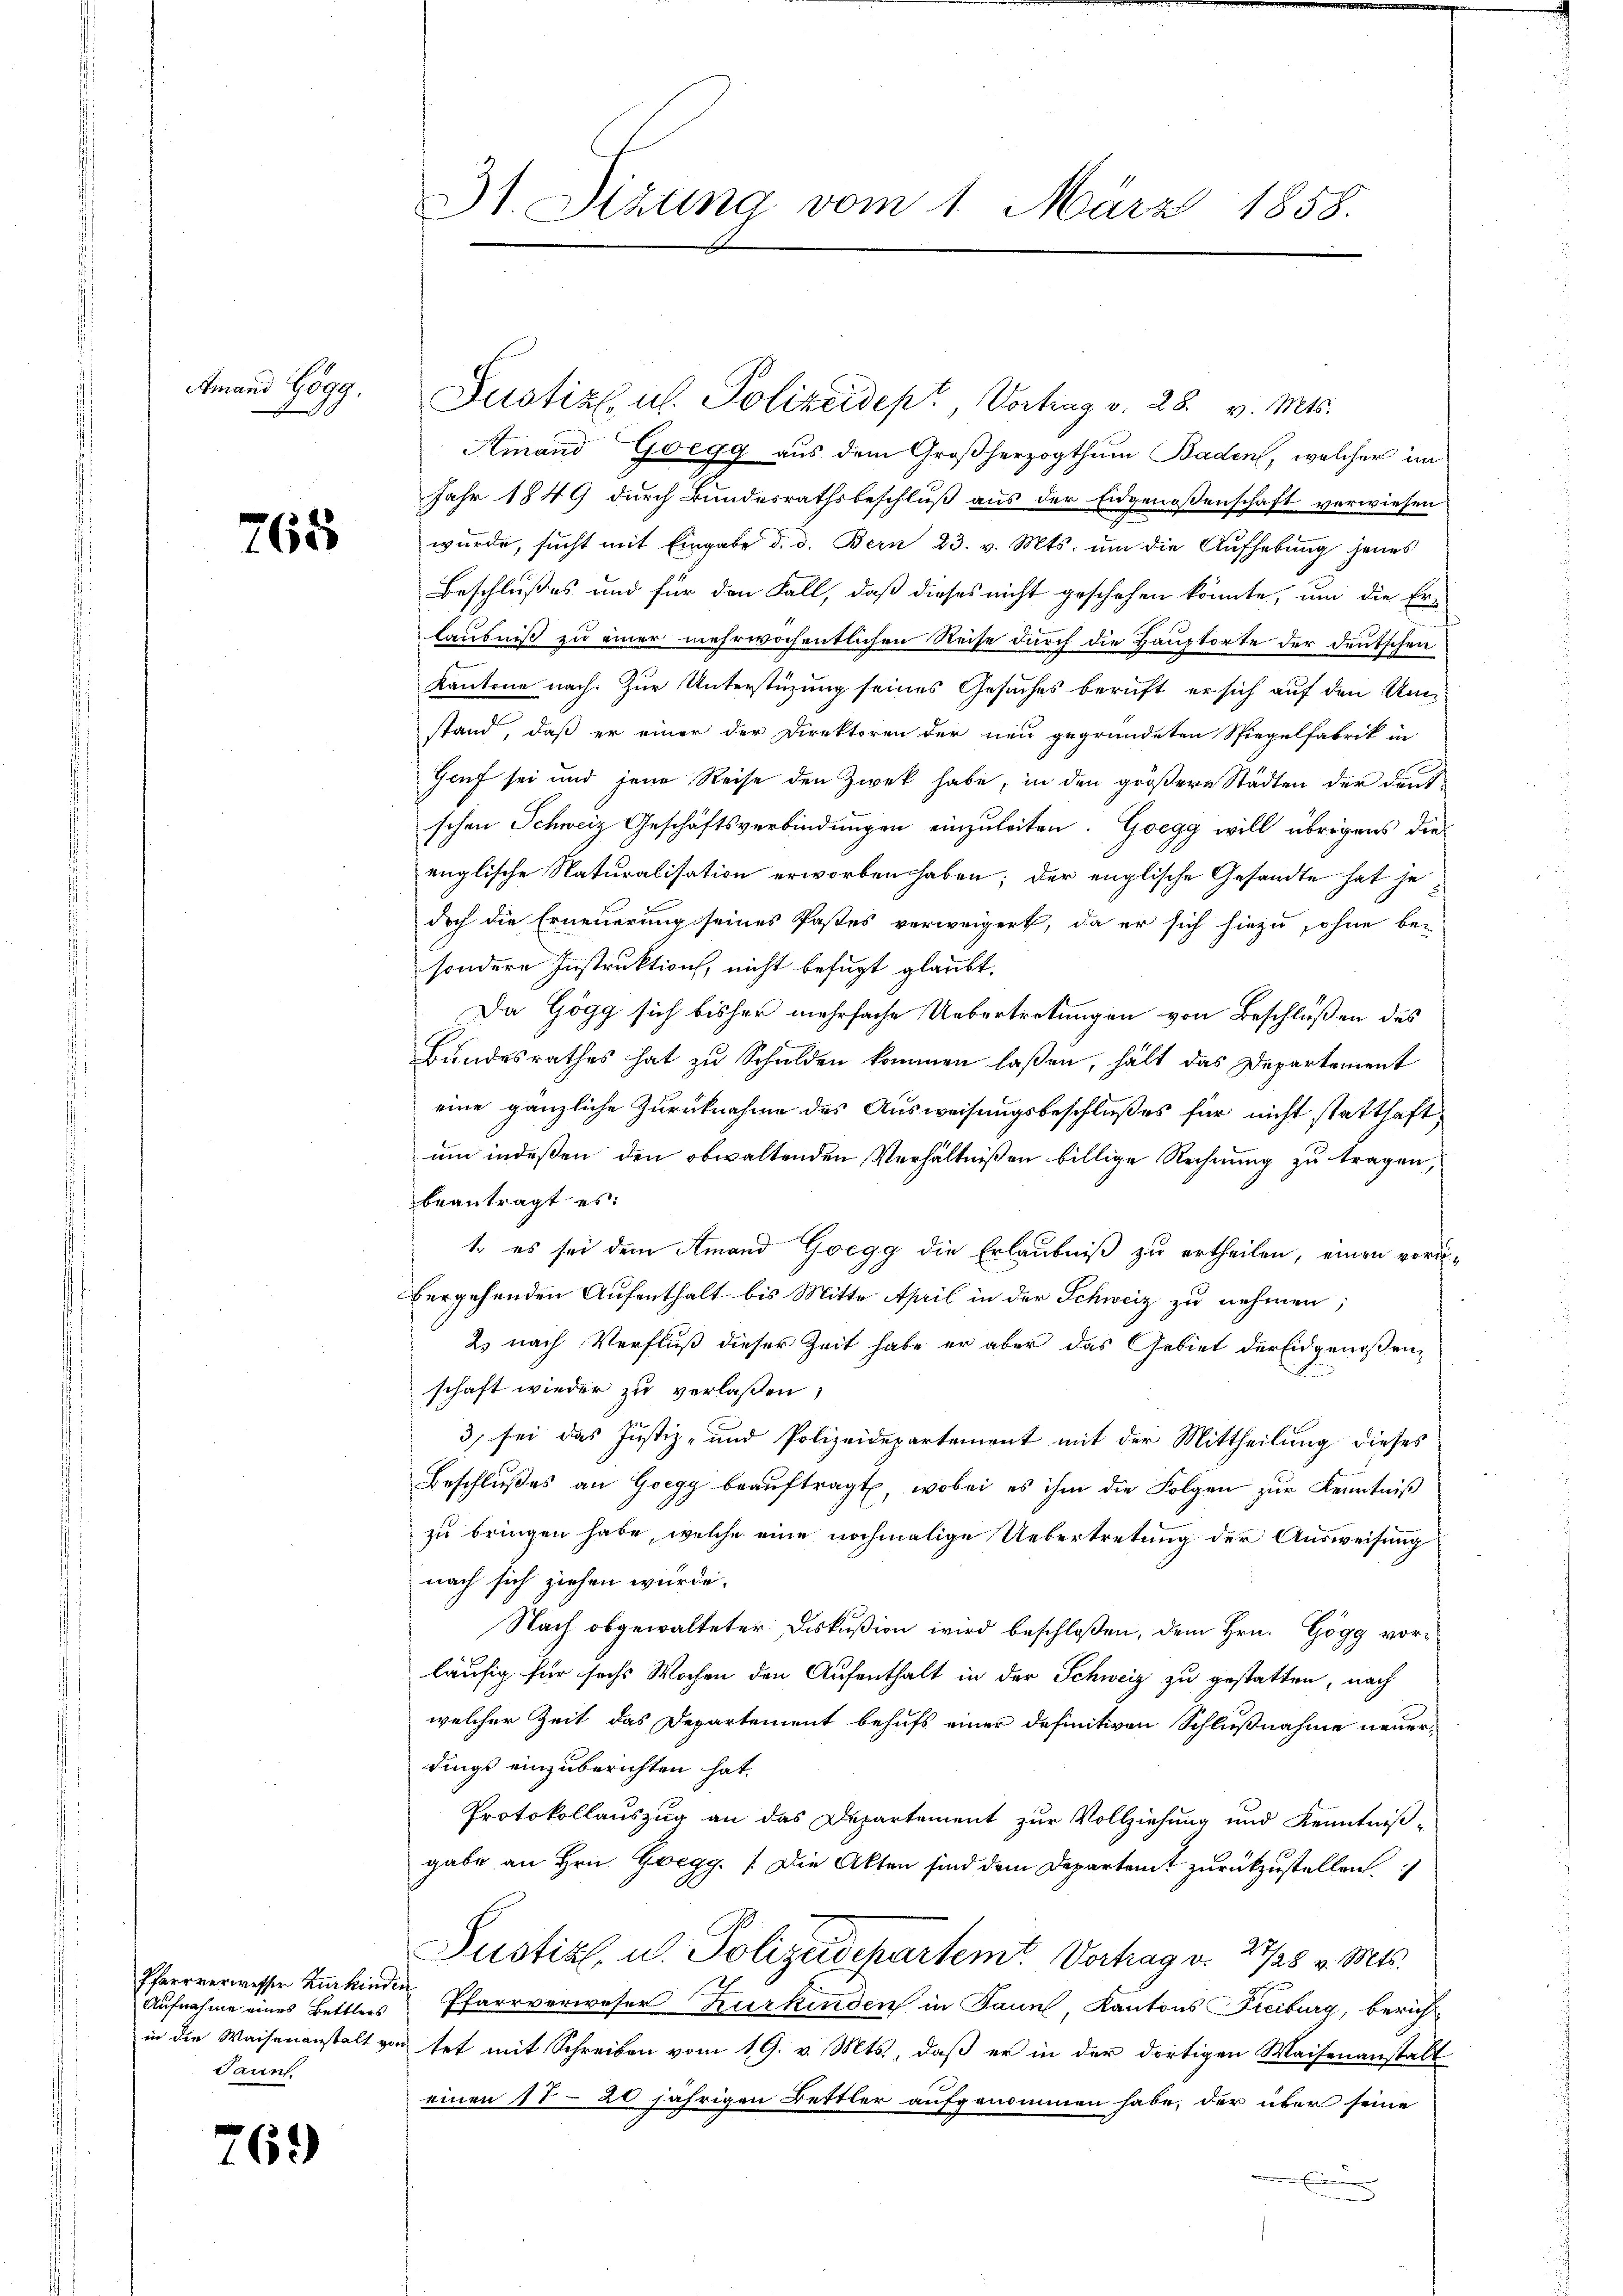
Amand Gögg,

765

Pfarrverwesser Kurkindin
Taunt.

769

Amand Goegg aus dem Großherzogthum Baden, welcher im
Jahr 1849 durch Bundesrathsbeschluß aus der Eidgenoßenschaft verwiesen
wurde, sucht mit Eingabe d. d. Bern 23. v. Mts. um die Aufhebung jenes
Beschlußes und für den Fall, daß dieses nicht geschehen könnte, um die Er-
laubniß zu einer mehrwöchentlichen Reise durch die Hauptorte der deutschen
d
Kantone nach. Zur Unterstüzung seines Gesuches beruft er sich auf den Umstand, daß er einer der Direktoren der neu gegründeten Spiegelfabrik in
Genf sei und jene Reise den Zwek habe, in den größere Städten der Deut-
schen Schweiz Geschäftsverbindungen einzuleiten. Goegg will übrigens die
englische Naturalisation erworben haben; der englische Gesandte hat je
doch die Erneuerung seines Pastes verweigert, da er sich hiezu, ohne be-
sondere Instruktion, nicht befugt glaubt.
Da Gögg sich bisher mehrfache Uebertretungen von Beschlüßen des
Bundesrathes hat zu Schulden kommen laßen, hält das Departement
eine gänzliche Zurücknahme des Ausweisungsbeschlußes für nicht statthaft
um indeßen den obwaltenden Verhältnißen billige Rechnung zu tragen,
beantragt es:
1. es sei dem Amand Goegg die Erlaubniß zu ertheilen, einen vor-
bergehenden Aufenthalt bis Mitte April in der Schweiz zu nehmen,
2) nach Verfluß dieser Zeit habe er aber das Gebiet der Eidgenoßen,
schaft wieder zu verlaßen;
3) sei das Justiz- und Polizeidepartement mit der Mittheilung dieses
Beschlŭβes an Goegg beaŭftragt, wobei es ihm die Folgen zur Kenntniß
zu bringen habe, welche eine nochmalige Uebertretung der Ausweisung
nach sich ziehen würde.
Nach obgewalteter Diskußion wird beschloßen, dem Hrn. Gögg vorläufig für sechs Wochen den Aufenthalt in der Schweiz zu gestatten, nach
welcher Zeit das Departement behufs einer definitiven Schlußnahme neuerdings einzuberichten hat.
Protokollauszug an das Departement zur Vollziehung und Kenntniß-
gabe an Hrn. Gegg. Die Akten sind dem Departamt zurückzustellen.
Justiz, u. Polizeidepartem Vortrag v. 27/28 v. Mts.
Aufnahme eines Bettlers Pfarrverweser Kurkinden in Jaun, Kantons Freiburg, berichin die Waisenanstalt von tet mit Schreiben vom 19. v. Mts., daß er in der dortigen Waisenanstalt
einen 17. 20 jährigen Bettler aufgenommen habe, der über seine

n

31. Sizung vom 1. März 1858.

Justiz u. Polizeidept, Vortrag v. 28. v. Mts.